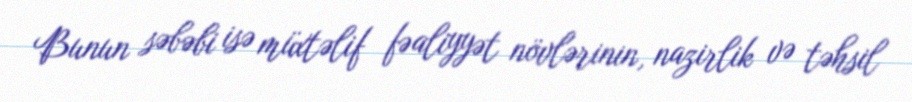
Bunun səbəbi isə müxtəlif fəaliyyət növlərinin, nazirlik və təhsil